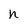
Character: h